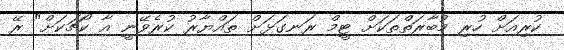
ކުރިއަށް ހުރި މުބާރަތްތަކަށް ޓީމް ރަނގަޅަށް ތައްޔާރު ކުރެވޭނީ އާ ކޯޗަކަށް" ރޭ